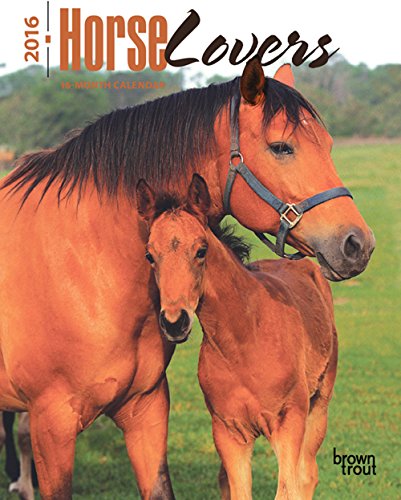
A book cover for Horse Lovers 2016 Engagement; Browntrout Publishers; Calendars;